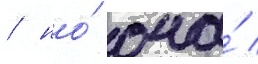
/ но́ она́ /